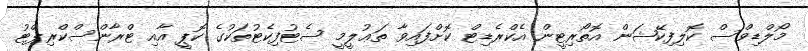
މޯލްޑިވްސް ކޮލިފިކޭޝަން އޮތޯރިޓީން އެކްރެޑިޓް ކޮށްފައިވާ ތަޢުލީމީ ސެޓުފިކެޓުތަކުގެ ކޮޕީ އާއި ޓްރާންސްކްރިޕްޓު